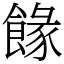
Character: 餯